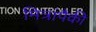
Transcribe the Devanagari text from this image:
मित्रांपैकी